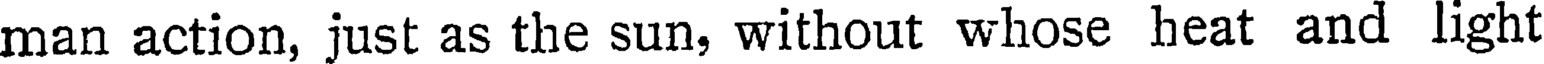
man action, just as the sun, without whose heat and light